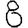
Digit: 8